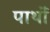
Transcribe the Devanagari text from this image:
पार्थों